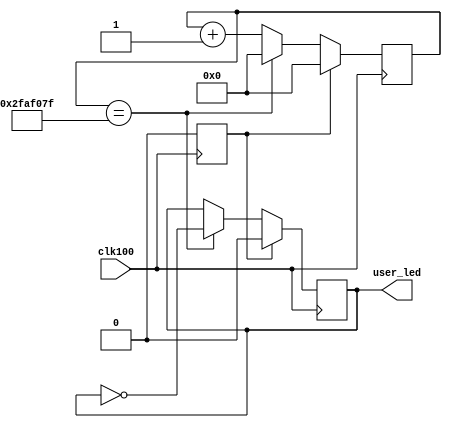
// -----------------------------------------------------------------------------
// Auto-Generated by:        __   _ __      _  __
//                          / /  (_) /____ | |/_/
//                         / /__/ / __/ -_)>  <
//                        /____/_/\__/\__/_/|_|
//                     Build your hardware, easily!
//                   https://github.com/enjoy-digital/litex
//
// Device     : xc7a100t-csg324-1
// LiteX sha1 : 625261c6
//------------------------------------------------------------------------------


//------------------------------------------------------------------------------
// Module
//------------------------------------------------------------------------------

module top (
	output reg  user_led,
	(* dont_touch = "true" *)	input  wire clk100
);


//------------------------------------------------------------------------------
// Signals
//------------------------------------------------------------------------------

reg  [31:0] counter = 32'd0;
wire sys_clk;
wire sys_rst;
wire por_clk;
reg  xilinxvivadotoolchain_int_rst = 1'd1;

//------------------------------------------------------------------------------
// Combinatorial Logic
//------------------------------------------------------------------------------

assign sys_clk = clk100;
assign por_clk = clk100;
assign sys_rst = xilinxvivadotoolchain_int_rst;


//------------------------------------------------------------------------------
// Synchronous Logic
//------------------------------------------------------------------------------

always @(posedge por_clk) begin
	xilinxvivadotoolchain_int_rst <= 1'd0;
end

always @(posedge sys_clk) begin
	counter <= (counter + 1'd1);
	if ((counter == 26'd49999999)) begin
		counter <= 1'd0;
		user_led <= (~user_led);
	end
	if (sys_rst) begin
		user_led <= 1'd0;
		counter <= 32'd0;
	end
end


//------------------------------------------------------------------------------
// Specialized Logic
//------------------------------------------------------------------------------

endmodule

// -----------------------------------------------------------------------------
//  Auto-Generated by LiteX on 2022-05-19 19:58:28.
//------------------------------------------------------------------------------